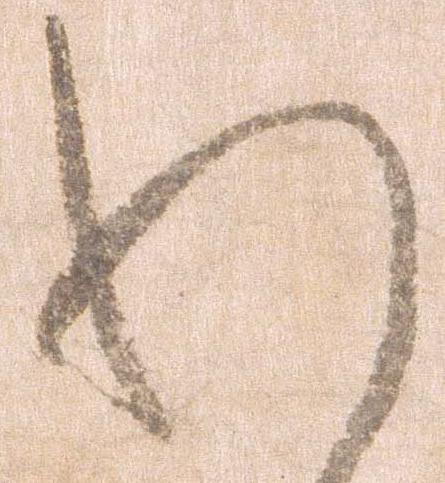
わ